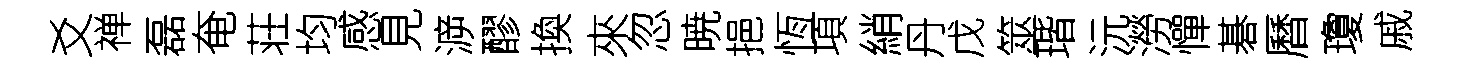
爻禅磊奄荘均感見㴑醪換來忽暁挹恆項綃丹戊筮瑎沅澇憚碁曆瓊戚